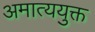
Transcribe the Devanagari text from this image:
अमात्ययुक्त